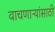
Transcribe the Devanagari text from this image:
वाचणाऱ्यांसाठी